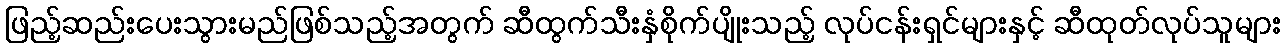
ဖြည့်ဆည်းပေးသွားမည်ဖြစ်သည့်အတွက် ဆီထွက်သီးနှံစိုက်ပျိုးသည့် လုပ်ငန်းရှင်များနှင့် ဆီထုတ်လုပ်သူများ